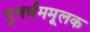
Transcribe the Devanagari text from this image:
गुणर्धममूलक